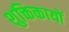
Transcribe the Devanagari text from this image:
शुक्तिकायों